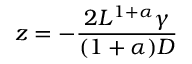
z = - \frac { 2 L ^ { 1 + \alpha } \gamma } { ( 1 + \alpha ) D }